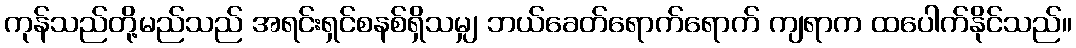
ကုန်သည်တို့မည်သည် အရင်းရှင်စနစ်ရှိသမျှ ဘယ်ခေတ်ရောက်ရောက် ကျရာက ထပေါက်နိုင်သည်။